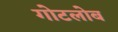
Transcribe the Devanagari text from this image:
गोटलोब